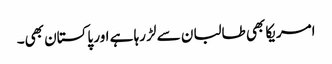
امریکا بھی طالبان سے لڑ رہا ہے اور پاکستان بھی۔